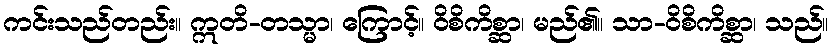
ကင်းသည်တည်း။ ဣတိ-တသ္မာ၊ ကြောင့်။ ဝိစိကိစ္ဆာ၊ မည်၏။ သာ-ဝိစိကိစ္ဆာ၊ သည်။